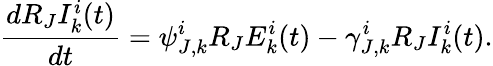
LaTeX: \frac{dR_{J}I_{k}^{i}(t)}{dt}=\psi_{J,k}^{i}R_{J}E_{k}^{i}(t)-\gamma_{J,k}^{i}R_{J}I_{k}^{i}(t).